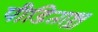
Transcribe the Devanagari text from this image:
पीडिताश्च